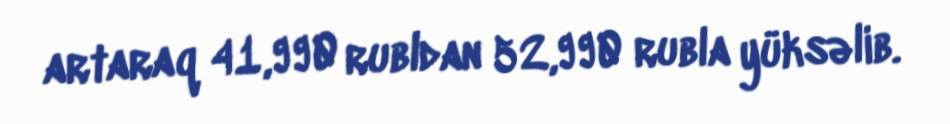
artaraq 41,990 rubldan 52,990 rubla yüksəlib.